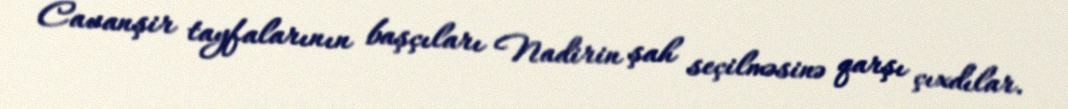
Cavanşir tayfalarının başçıları Nadirin şah seçilməsinə qarşı çıxdılar.